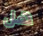
هل